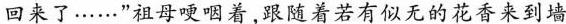
回来了······”祖母哽咽着.跟随着若有似无的花香来到墙